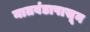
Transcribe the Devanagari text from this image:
नातवंडापासून